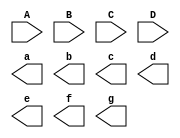
/* Prtica "Decodificador"
Aluno: Alexandre Roque Silva de Paula
Professora: Mara Coelho
Disciplina: Sistemas Digitais |*/

module decodificador_comportamental(A,B,C,D, a,b,c,d,e,f,g);

	input A,B,C,D;
	output a,b,c,d,e,f,g;
	
	reg[6:0] S;

	always@(*)
	begin
		case({A,B,C,D})
		
			4'b0000: S = 7'b1111110;
			4'b0001: S = 7'b0110000;
			4'b0010: S = 7'b1101101;
			4'b0011: S = 7'b1111001;
			4'b0100: S = 7'b0110011;
			4'b0101: S = 7'b1011101;
			4'b0110: S = 7'b1011111;
			4'b0111: S = 7'b1110000;
			4'b1000: S = 7'b1111111;
			4'b1001: S = 7'b1111011;
			
			default: S = 7'bxxxxxxx;
			
		endcase
	end 
	

endmodule